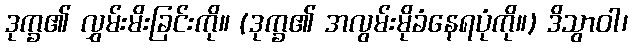
ဒုက္ခ၏ လွှမ်းမိးခြင်းကို။ (ဒုက္ခ၏ အလွမ်းမိုခံနေရပုံကို။) ဒိသွာဝါ၊